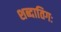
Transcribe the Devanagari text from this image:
शब्दातिगः